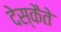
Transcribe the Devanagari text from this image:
देस्कैते